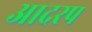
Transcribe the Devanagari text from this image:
आदरप